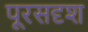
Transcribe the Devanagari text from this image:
पूरसदृश